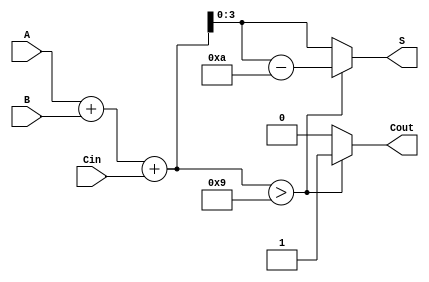
module BCD_Hybrid_Adder (
    input  wire [3:0] A,      // First BCD digit
    input  wire [3:0] B,      // Second BCD digit
    input  wire       Cin,     // Carry input
    output reg  [3:0] S,       // BCD result
    output reg       Cout       // Carry output
);

    wire [4:0] Sum;            // 5-bit sum to accommodate carry

    // Step 1: Perform binary addition
    assign Sum = A + B + Cin;

    // Step 2: BCD correction
    always @(*) begin
        if (Sum > 9) begin
            S = Sum - 10;       // Adjust for BCD
            Cout = 1;          // Set carry out
        end else begin
            S = Sum;            // Valid BCD result
            Cout = 0;          // No carry out
        end
    end

endmodule